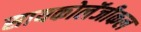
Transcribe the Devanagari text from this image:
सायकोलॅजीकल